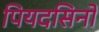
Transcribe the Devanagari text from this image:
पियदसिनो